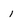
Character: 1